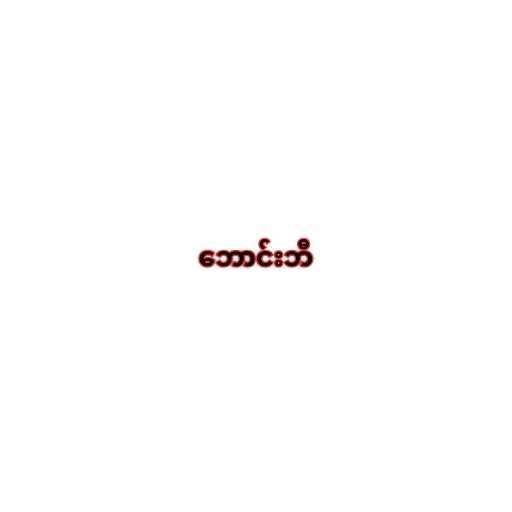
ဘောင်းဘီ